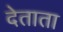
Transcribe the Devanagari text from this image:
देताता